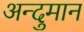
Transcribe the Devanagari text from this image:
अन्दुमान